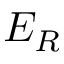
E _ { R }